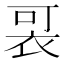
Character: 𧙑